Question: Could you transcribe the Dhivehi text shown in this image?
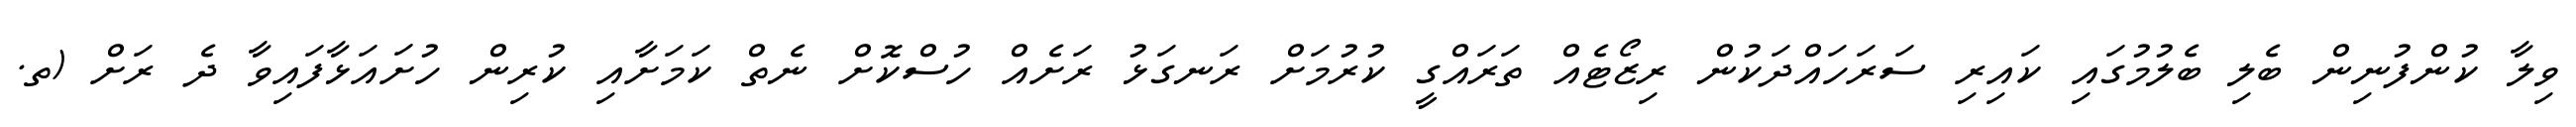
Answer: ވިލާ ކުންފުނިން ބެލި ބެލުމުގައި ކައިރި ސަރަހައްދަކުން ރިޒޯޓެއް ތަރައްގީ ކުރުމަށް ރަނގަޅު ރަށެއް ހުސްކޮށް ނެތް ކަމަށާއި ކުރިން ހުށައަޅާފައިވާ ދެ ރަށް (ތ.